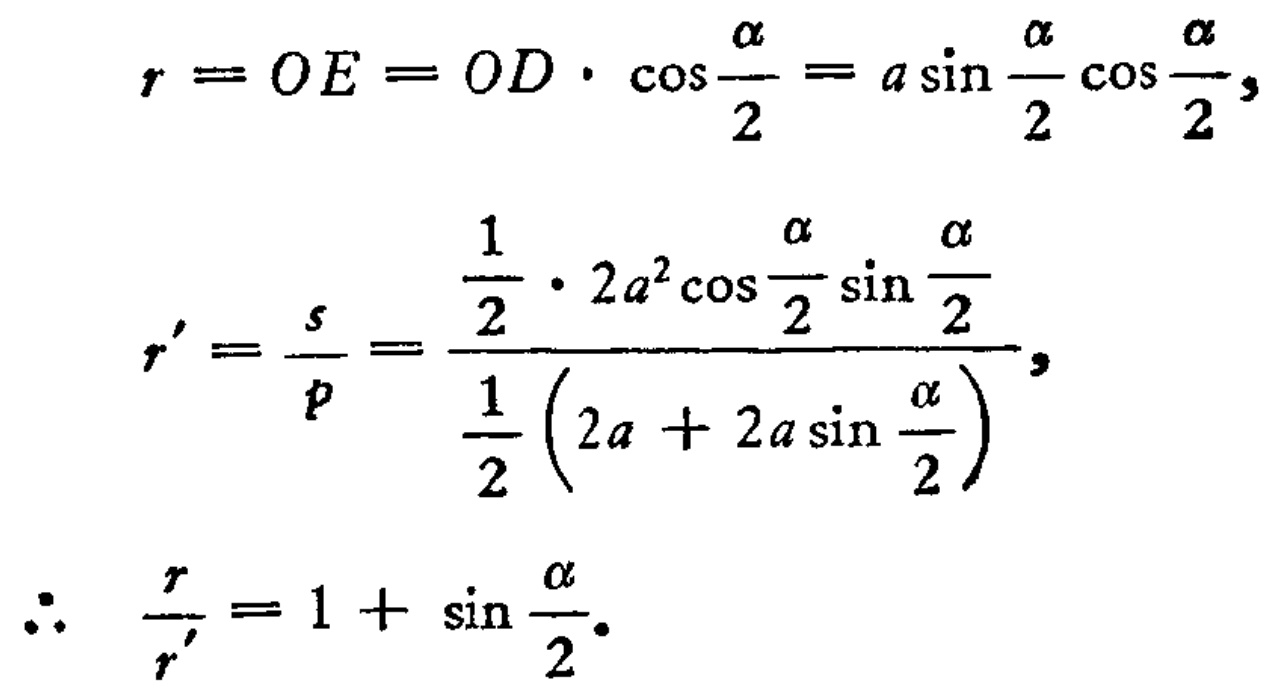
\[
\begin{align*}
r&=OE = OD\cdot\cos\frac{\alpha}{2}=a\sin\frac{\alpha}{2}\cos\frac{\alpha}{2},\\
r'&=\frac{s}{p}=\frac{\frac{1}{2}\cdot 2a^{2}\cos\frac{\alpha}{2}\sin\frac{\alpha}{2}}{\frac{1}{2}(2a + 2a\sin\frac{\alpha}{2})},\\
\therefore\quad\frac{r}{r'}&=1+\sin\frac{\alpha}{2}.
\end{align*}
\]